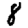
Digit: 8